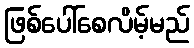
ဖြစ်ပေါ်စေလိမ့်မည်